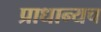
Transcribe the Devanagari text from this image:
प्राधान्यच